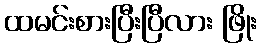
ထမင်းစားပြီးပြီလား ဖြိုး